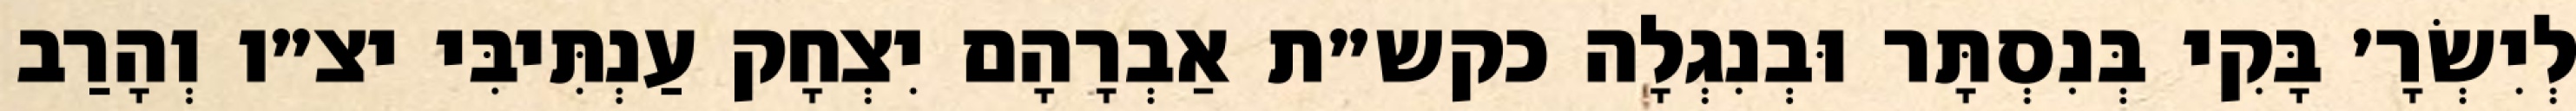
לְיִשְׂרָ׳ בָּקִי בְּנִסְתָּר וּבְנִגְלָה כקש״ת אַבְרָהָם יִצְחָק עַנְתִּיבִּי יצ״ו וְהָרַב